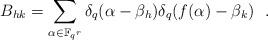
LaTeX: \begin{align*} B_{hk} = \sum_{\alpha \in \mathbb F_{q^r}} \delta_q(\alpha-\beta_h) \delta_q(f(\alpha)-\beta_k) ~~. \end{align*}